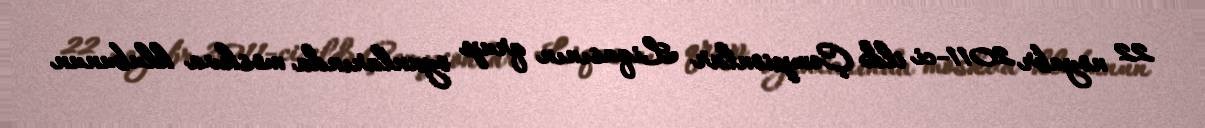
22 noyabr 2011-ci ildə Çempionlar Liqasının qrup oyunlarında moskva klubunun